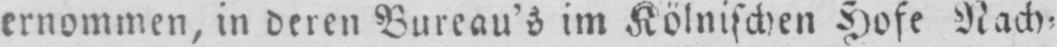
ernommen, in deren Bureau’s im Kölnischen Hofe Nach⸗